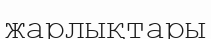
жарлықтары